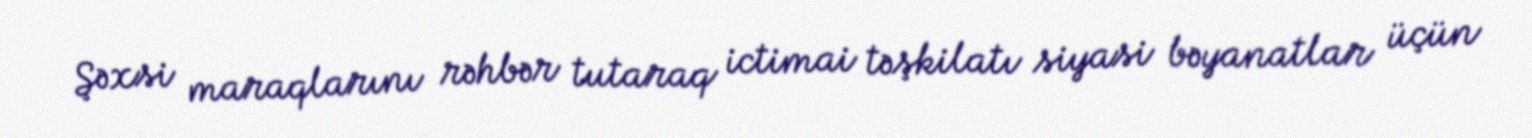
Şəxsi maraqlarını rəhbər tutaraq ictimai təşkilatı siyasi bəyanatlar üçün